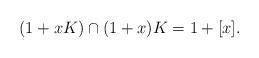
LaTeX: \begin{align*}(1+xK)\cap(1+x)K=1+[x].\end{align*}